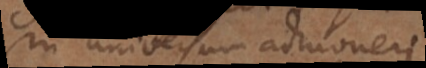
in universum admoneri